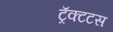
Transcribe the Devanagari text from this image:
ट्रॅक्टटस